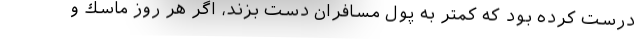
درست كرده بود كه كمتر به پول مسافران دست بزند، اگر هر روز ماسك و